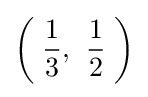
\left(\;{\frac {1}{3}},\;\;\!{\frac {1}{2}}\;\right)